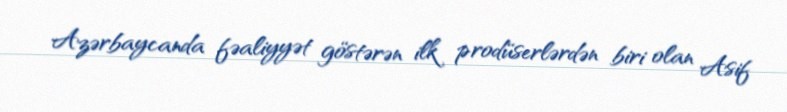
Azərbaycanda fəaliyyət göstərən ilk prodüserlərdən biri olan Asif